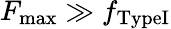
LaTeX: F_{\mathrm{max}}\gg f_{\mathrm{TypeI}}